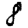
Digit: 8